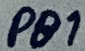
Text: PB1